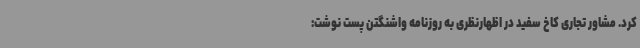
کرد. مشاور تجاری کاخ سفید در اظهارنظری به روزنامه واشنگتن ‌پست نوشت: